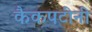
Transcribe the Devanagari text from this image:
कैकपटींनी